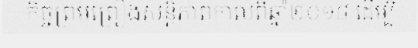
កិច្ចព្រមព្រៀងសន្តិភាពកាលពីឆ្នាំ២០១៨ ដើម្បី